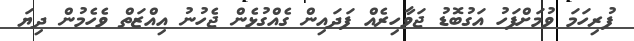
ފުރިހަމަ ވުމަށްފަހު އަގުބޮޑު ޖަވާހިރެއް ފަދައިން ގެއްގުޅެން ޖެހުނު އިއްޒަތް ވެހެމުން ދިޔަ